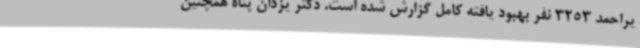
یراحمد 3253 نفر بهبود یافته کامل گزارش شده است. دکتر یزدان پناه همچنین